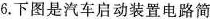
6.下图是汽车启动装置电路简